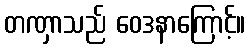
တဏှာသည် ဝေဒနာကြောင့်။